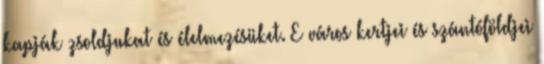
kapják zsoldjukat és élelmezésüket. E város kertjei és szántóföldjei